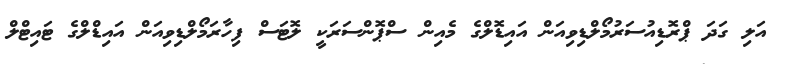
އަލި ގަދަ ޕްރޮޑިއުސަރުމޯލްޑިވިއަން އައިޑޮލްގެ މެއިން ސްޕޮންސަރަކީ ލޮޓަސް ފިހާރަމޯލްޑިވިއަން އައިޑްލްގެ ޓައިޓްލް